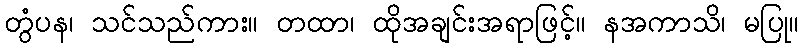
တွံပန၊ သင်သည်ကား။ တထာ၊ ထိုအချင်းအရာဖြင့်။ နအကာသိ၊ မပြု။